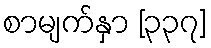
စာမျက်နှာ [၃၃၇]